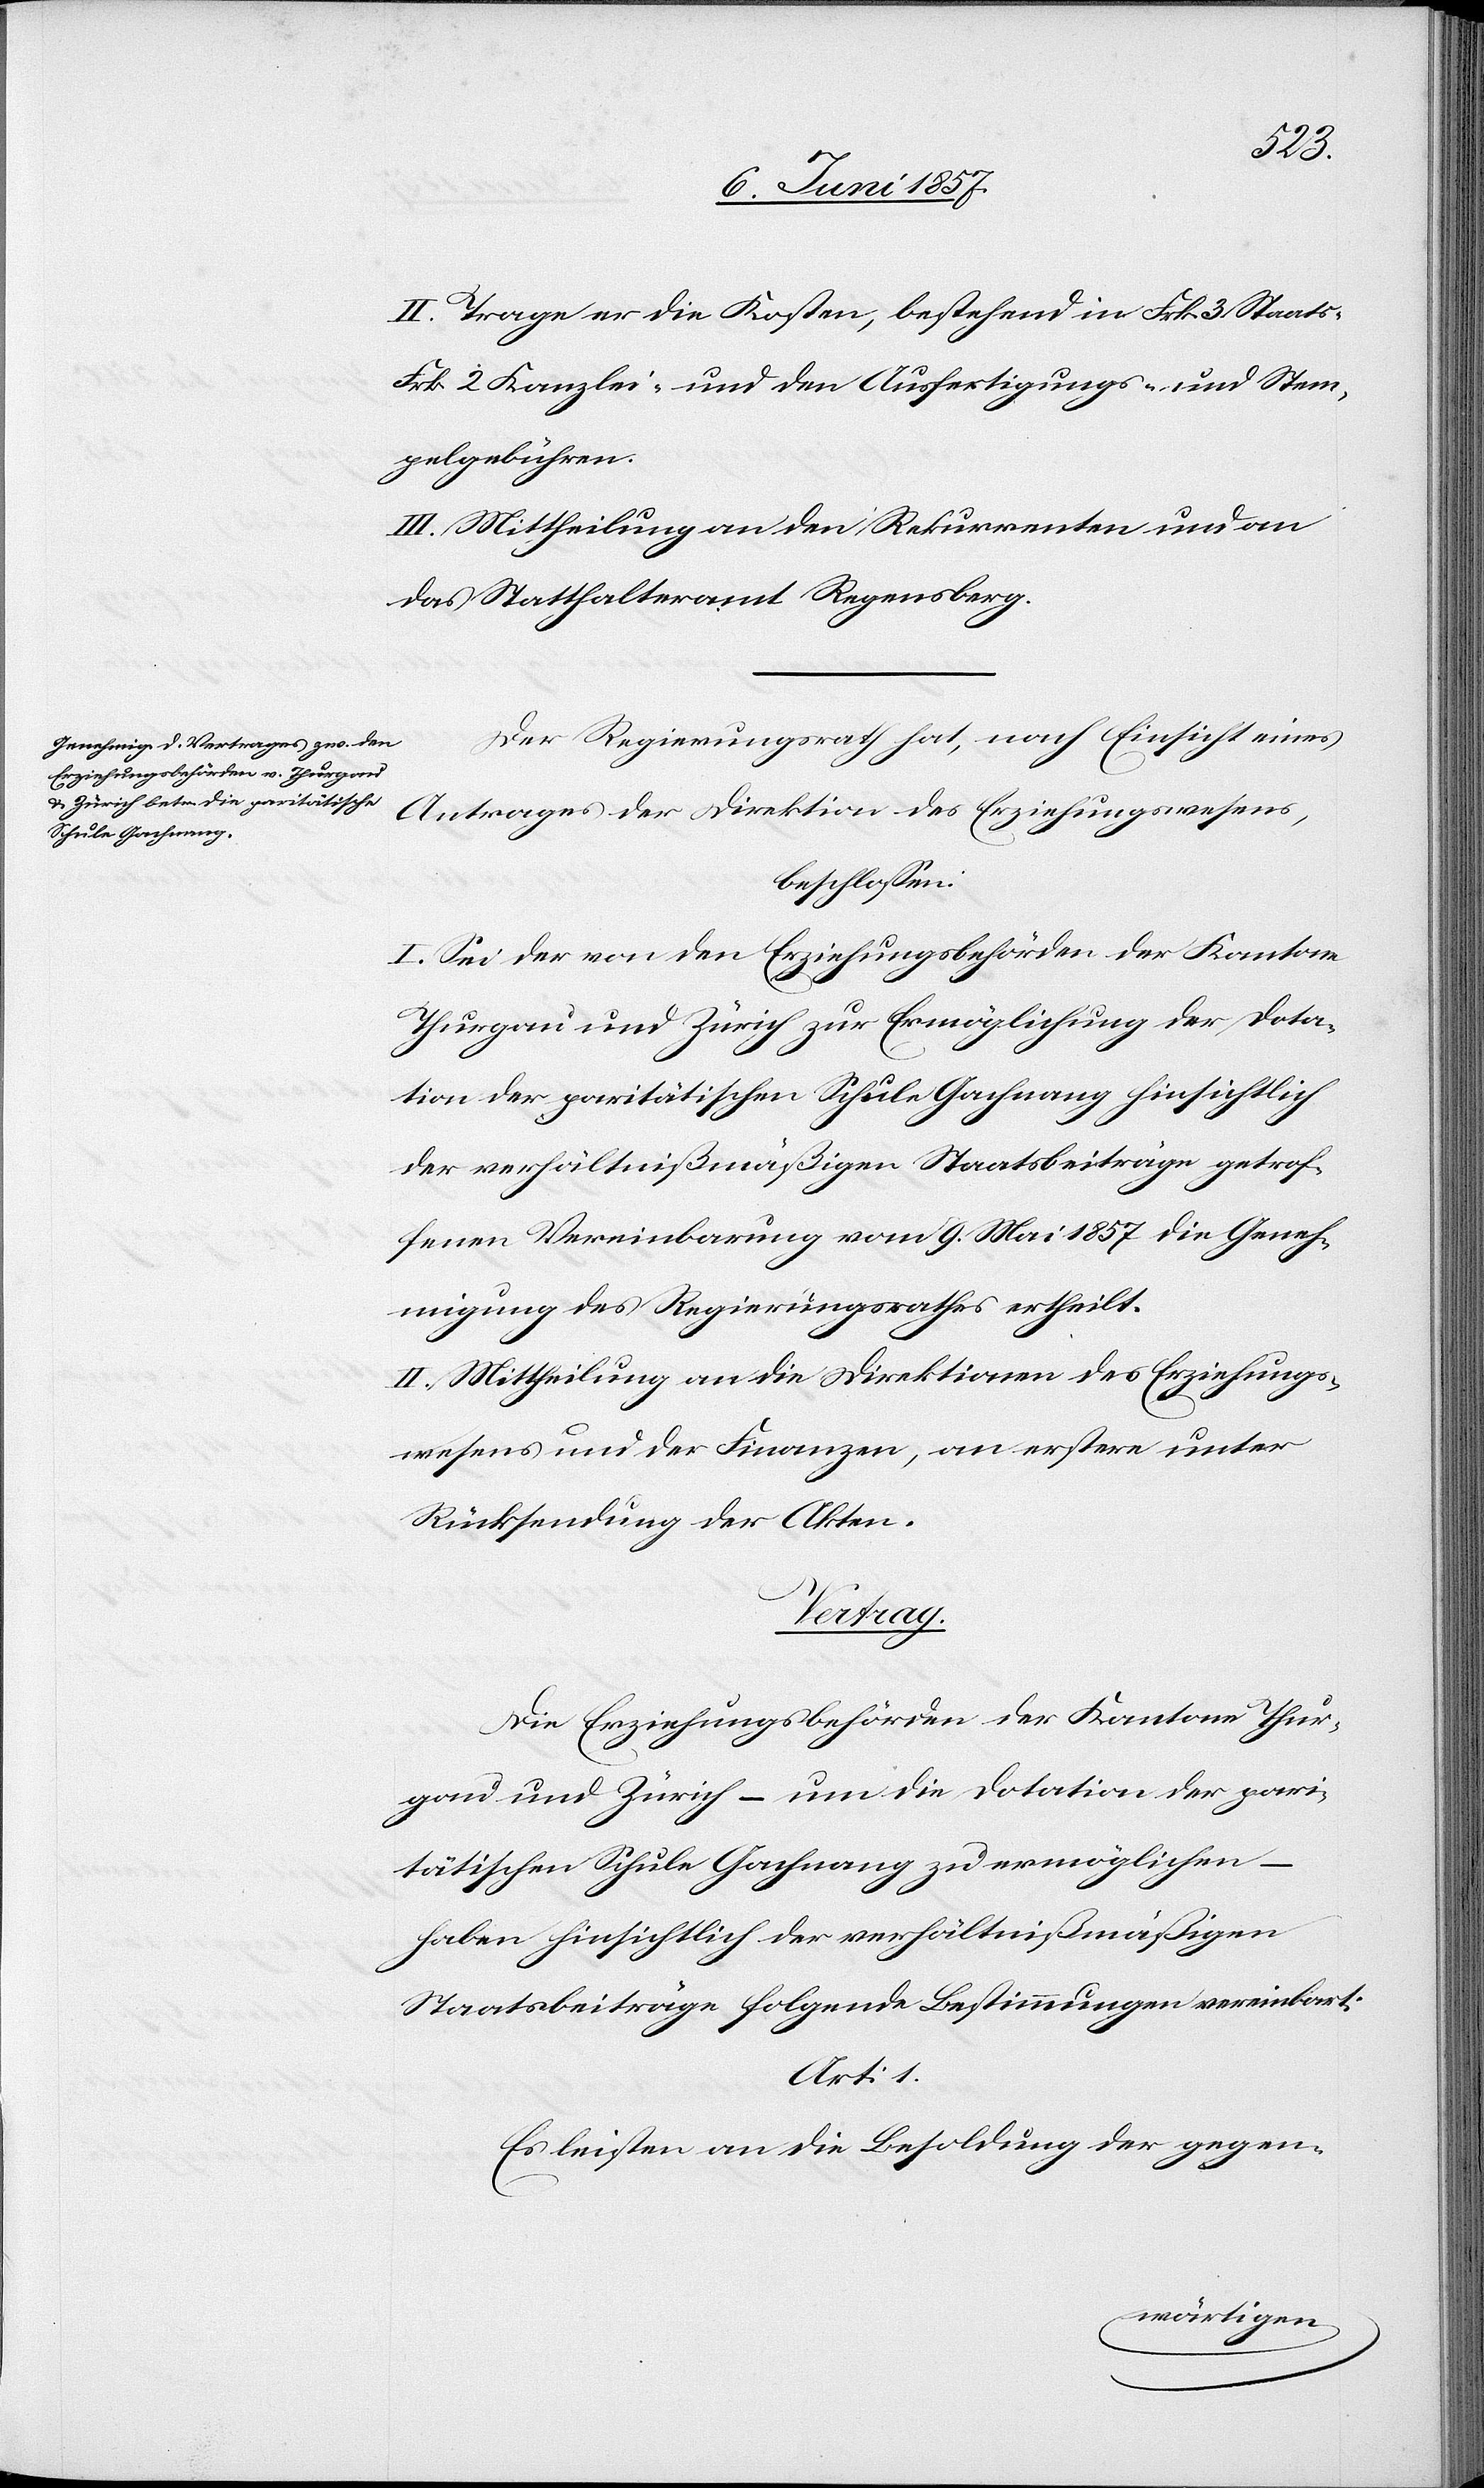
II. Trage er die Kosten, bestehend in Frk. 3 Staats-
Frk. 2 Kanzlei- und den Ausfertigungs- u. Stem¬
pelgebühren.
III. Mittheilung an den Rekurrenten und an
das Statthalteramt Regensberg.
Der Regierungsrath hat, nach Einsicht eines
Antrages der Direktion des Erziehungswesens,
beschlossen:
I. Sei der von den Erziehungsbehörden der Kantone
Thurgau und Zürich zur Ermöglichung der Dota¬
tion der paritätischen Schule Gachnang hinsichtlich
der verhältnißmäßigen Staatsbeiträge getrof¬
fenen Vereinbarung vom 9 Mai 1857 die Geneh¬
migung des Regierungsrathes ertheilt.
II. Mittheilung an die Direktionen des Erziehungs¬
wesens und der Finanzen, an erstere unter
Rücksendung der Akten.
Vertrag.
Die Erziehungsbehörden der Kantone Thur¬
gau und Zürich – um die Dotation der pari¬
tätischen Schule Gachnang zu ermöglichen –
haben hinsichtlich der verhältnißmäßigen
Staatsbeiträge folgende Bestimmungen vereinbart:
Art: 1.
Es leisten an die Besoldung der gegen-